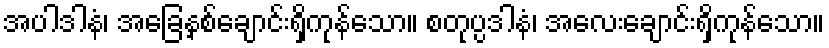
အပါဒါနံ၊ အခြေနှစ်ချောင်းရှိကုန်သော။ စတုပ္ပဒါနံ၊ အလေးချောင်းရှိကုန်သော။